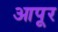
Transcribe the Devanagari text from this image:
आपूर